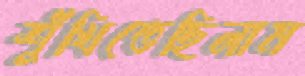
শুঁখিতেছিলাম